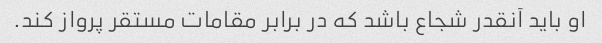
او باید آنقدر شجاع باشد که در برابر مقامات مستقر پرواز کند.